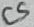
Text: C5